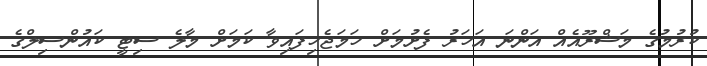
ކުރުމުގެ މަޝްރޫއެއް އަންނަ އަހަރު ފެށުމަށް ހަމަޖެހިފައިވާ ކަމަށް މާލެ ސިޓީ ކައުންސިލްގެ